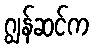
ဂျွန်ဆင်က